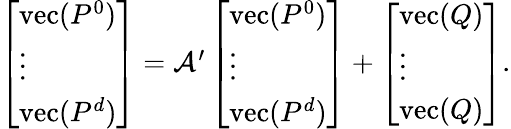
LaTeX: \begin{array}{r}{\left[\begin{array}{l}{\mathrm{vec}({P}^{0})}\\ {\vdots}\\ {\mathrm{vec}(P^{d})}\end{array}\right]={\cal A}^{\prime}\left[\begin{array}{l}{\mathrm{vec}({P}^{0})}\\ {\vdots}\\ {\mathrm{vec}(P^{d})}\end{array}\right]+\left[\begin{array}{l}{\mathrm{vec}(Q)}\\ {\vdots}\\ {\mathrm{vec}(Q)}\end{array}\right].}\end{array}